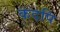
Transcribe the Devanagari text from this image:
कदपि